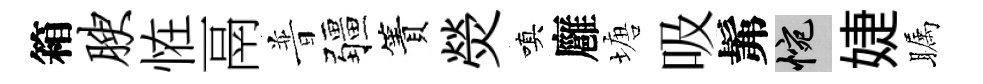
箱腴恠鬲普疆簀熒嗔廱塘吸髴惋婕瞩